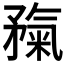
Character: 𥎃